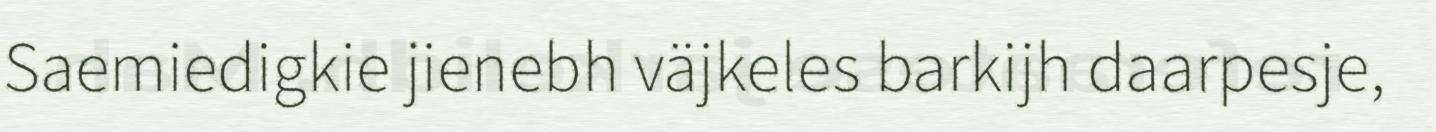
Saemiedigkie jienebh väjkeles barkijh daarpesje,